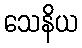
သေနိယ